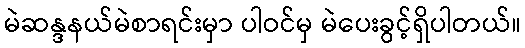
မဲဆန္ဒနယ်မဲစာရင်းမှာ ပါဝင်မှ မဲပေးခွင့်ရှိပါတယ်။